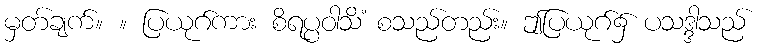
မှတ်ချက်။ ။ ပြယုဂ်ကား စိရပ္ပဝါသိံ စသည်တည်း။ ဤပြယုဂ်၌ ပသဒ္ဒါသည်